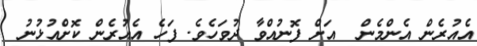
އެއުރެން އެންމެން  އަށް ފޮނުއްވާ ދުވަހެވެ. ފަހެ އެއުރެން ކޮށްއުޅުނު